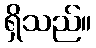
ရှိသည်။